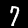
Digit: 7